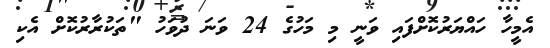
އެމީހާ ހައްޔަރުކޮށްފައި ވަނީ މި މަހުގެ 24 ވަނަ ދުވަހު "ތަކުރާރުކޮށް އެކި